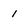
Character: 1